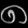
Digit: ၈